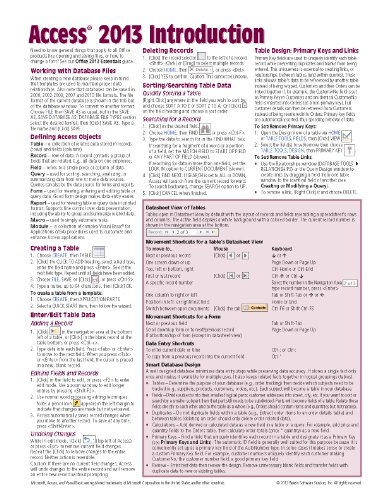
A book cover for Microsoft Access 2013 Introduction Quick Reference Guide (Cheat Sheet of Instructions, Tips & Shortcuts - Laminated Card); Beezix Inc.; Computers & Technology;